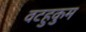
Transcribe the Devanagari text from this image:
वटहुकुम